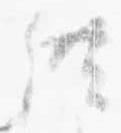
供